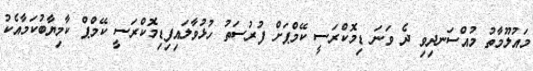
މައުލޫމާތު މުއްސަނދިވި ދެ ވަނަ ޑިމޮކްރަސީ ކޭމްޕަށް ފުރުސަތު ހުޅުވާލައިފިޑިމޮކްރަސީ ކޭމްޕް ކާމިޔާބުކަމާއެކު